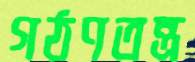
গঠণতন্ত্র